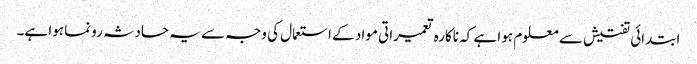
ابتدائی تفتیش سے معلوم ہوا ہے کہ ناکارہ تعمیراتی مواد کے استعمال کی وجہ سے یہ حادثہ رونما ہوا ہے۔